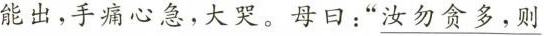
能出，手痛心急，大哭。母日：” \underline{汝勿贪多，则}